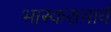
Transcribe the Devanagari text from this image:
भास्‍कराचार्य